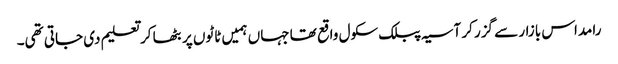
رامداس بازار سے گزر کر آسیہ پبلک سکول واقع تھا جہاں ہمیں ٹاٹوں پر بٹھا کر تعلیم دی جاتی تھی۔